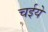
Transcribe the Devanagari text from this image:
चईये